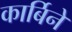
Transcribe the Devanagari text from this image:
कार्बिने